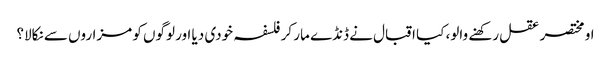
او مختصر عقل رکھنے والو، کیا اقبال نے ڈنڈے مار کر فلسفہ خودی دیا اور لوگوں کو مزاروں سے نکالا؟